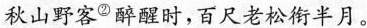
秋山野客^{②}醉醒时，百尺老松衔半月。